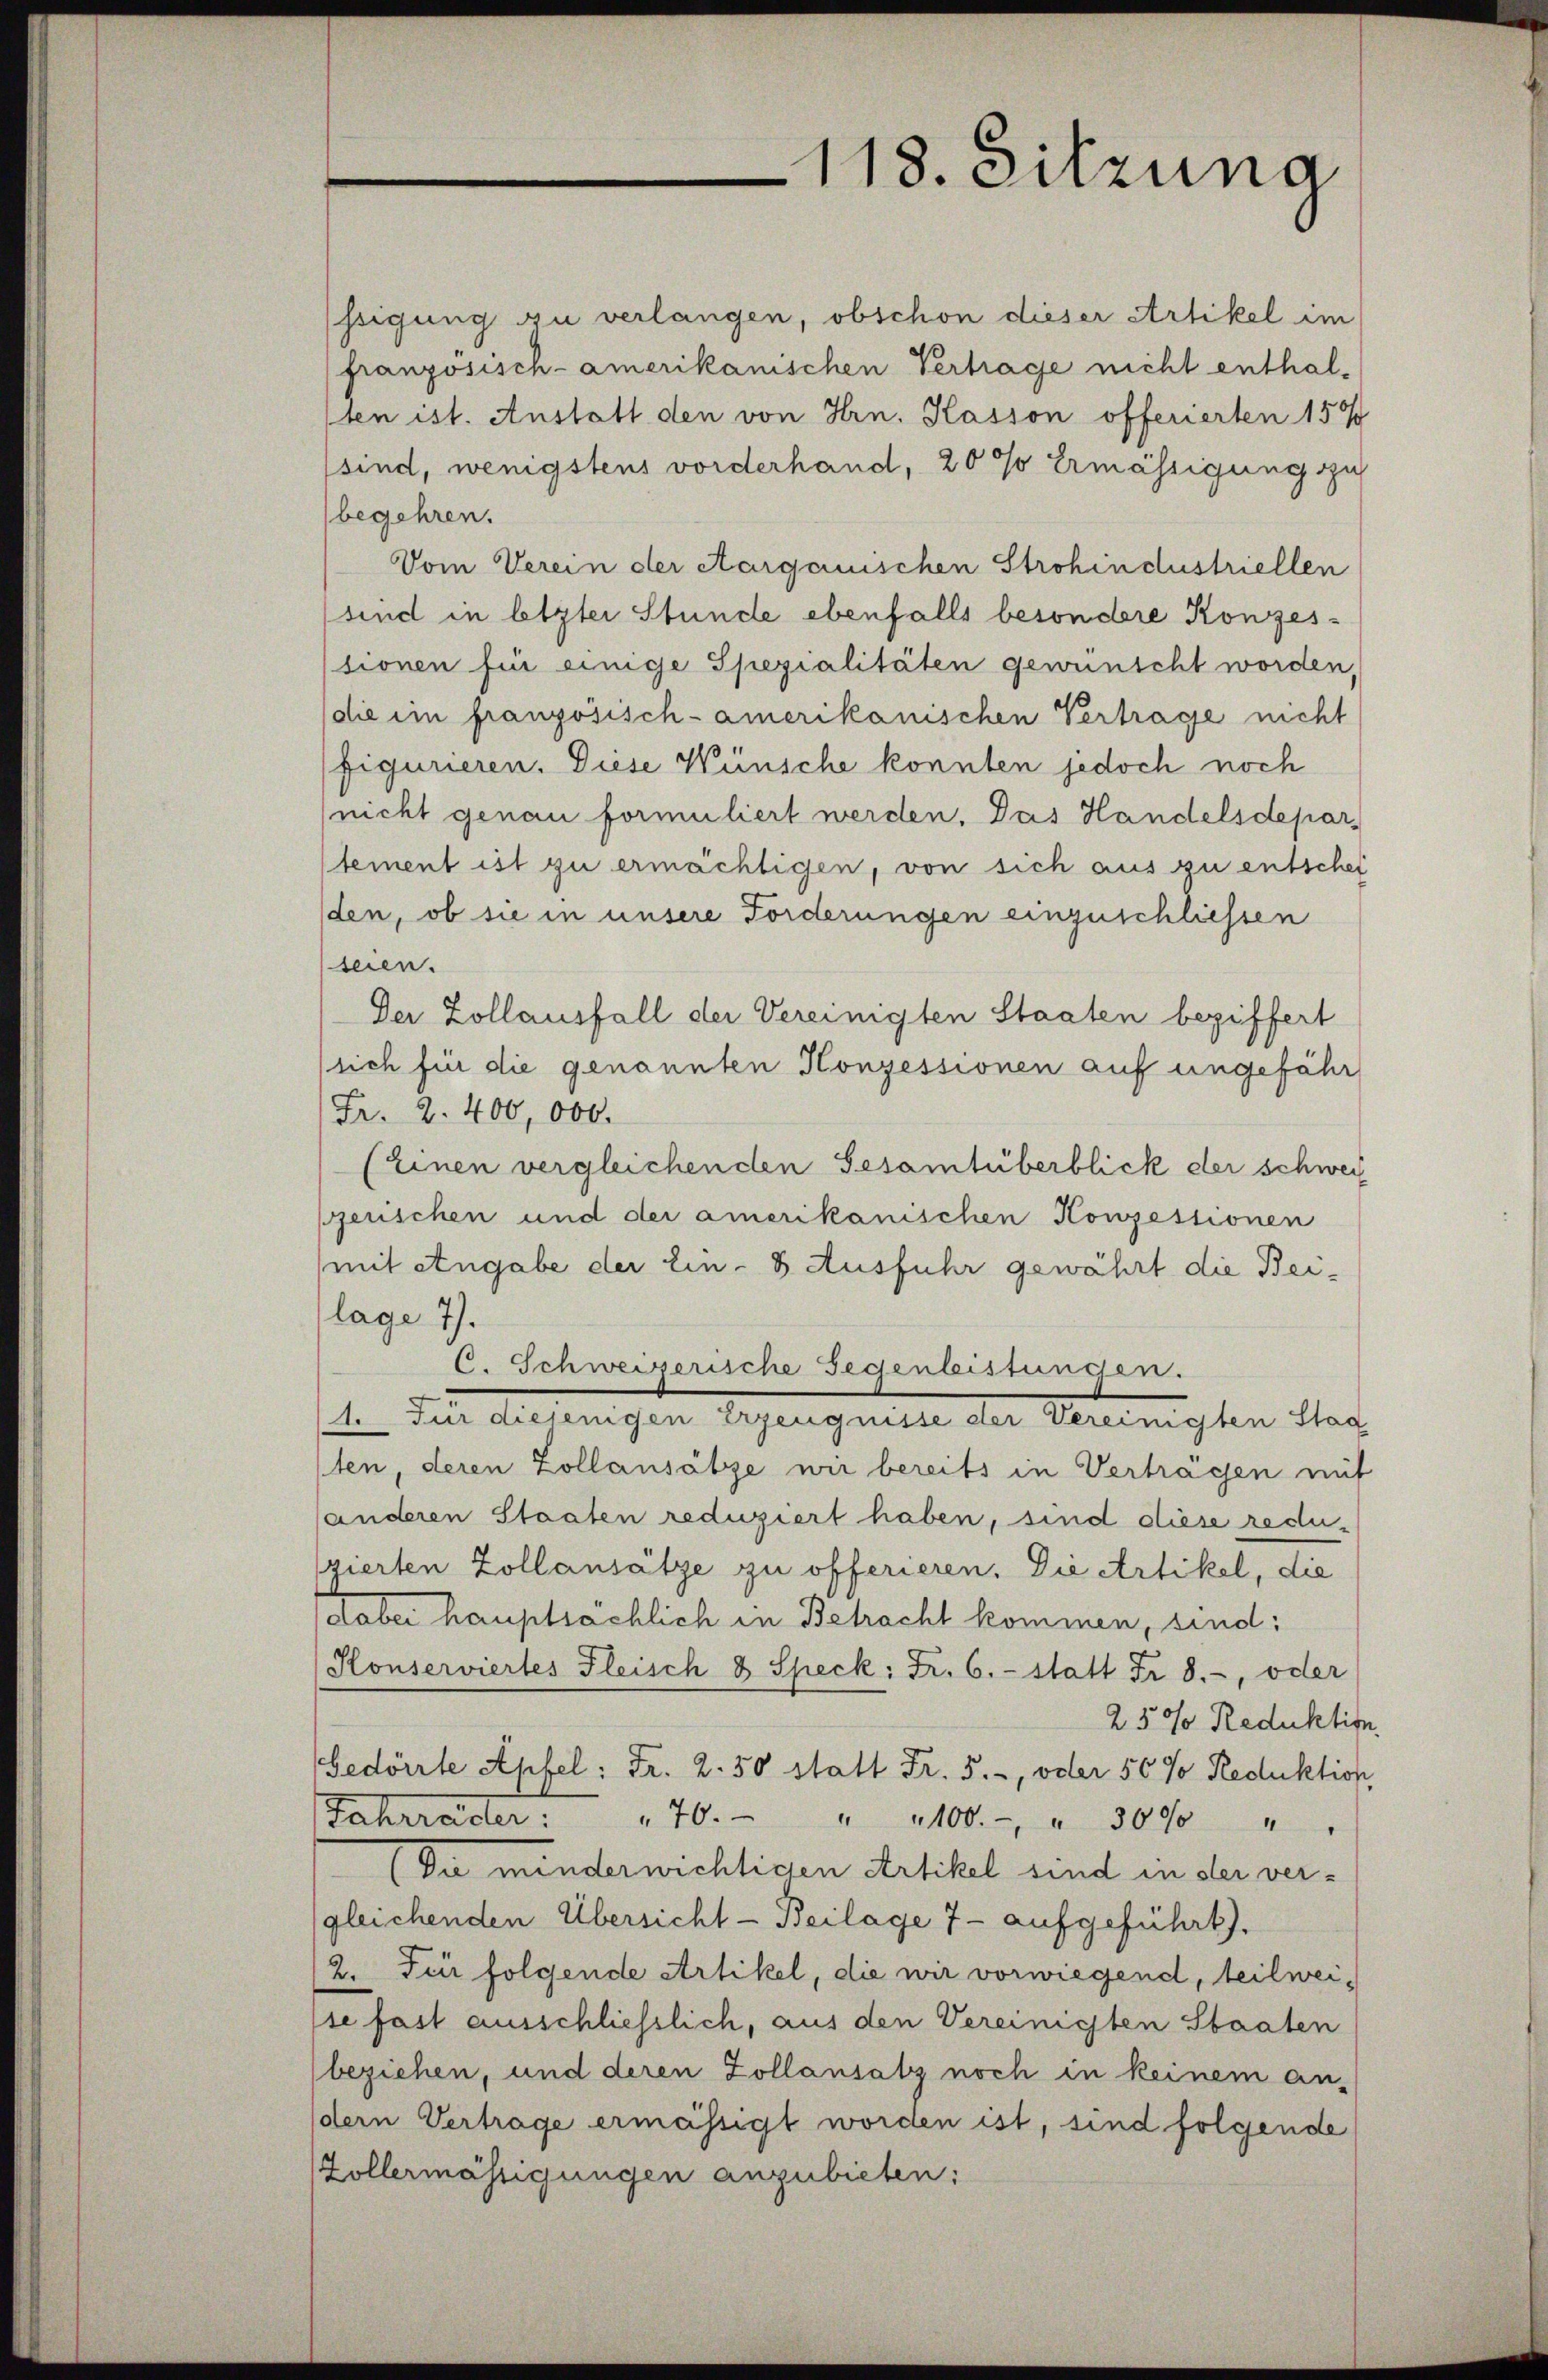
ssigung zu verlangen, obschon dieser Artikel im
französisch-amerikanischen Vertrage nicht enthalten ist. Anstatt den von Hrn. Kasson offerierten 157
sind, wenigstens vorderhand, 2000 Ermässigung zu
begehren.
Vom Verein der Aargauischen Strohindustriellen
sind in letzter Stunde ebenfalls besondere Konzesssionen für einige Spezialitäten gewünscht worden,
die im französisch-amerikanischen Vertrage nicht
figurieren. Diese Wünsche konnten jedoch noch
(nicht genau formuliert werden. Das Handelsdepar
tement ist zu ermächtigen, von sich aus zu entschei
den, ob sie in unsere Forderungen einzuschliessen
seien.
Der Zollausfall der Vereinigten Staaten beziffert
sich für die genannten Konzessionen auf ungefähr
Fr. 2. 400,000.
(einen vergleichenden Gesamtüberblick der schweiz
zerischen und der amerikanischen Konzessionen
(mit Angabe der Ein- 8. Ausfuhr gewährt die Beilage 7).
C. Schweizerische Gegenleistungen.
1. Für diejenigen Erzeugnisse der Vereinigten Stad
sten, deren Zollansätze wir bereits in Verträgen mit
anderen Staaten reduziert haben, sind diese reduszierten Zollansätze zu offerieren. Die Artikel, die
aber hauptsächlich in Betracht kommen, sind:
Honserviertes Fleisch & Speck: Fr. 6. statt Fr. 8.-, oder
250 Reduktion
Gedörrte Apfel: Fr. 2.50 statt Fr. 5., oder 56 % Reduktion
Fahrräder. 40 " 1100. - " 3000 "
(Du minderwichtigen Artikel sind in der vergleichenden Übersicht - Beilage 7 - aufgeführt.
12. Für folgende Artikel, die wir vorwiegend, teilweise fast ausschließlich, aus den Vereinigten Staaten
beziehen, und deren Zollansatz noch in keinem an-
dern Vertrage ermässigt worden ist, sind folgende
Zollermässigungen anzubieten:

118. Sitzung,